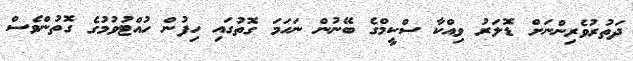
ދަތުރުވެރިންނަށް ޑޮލަރު ވިއްކާ ސްކީމްގެ ބޭނުން ނަހަމަ ގޮތުގައި ހިފުން ހުއްޓުވުމުގެ ގޮތުންވެސް